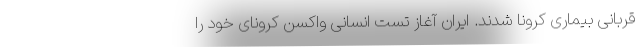
قربانی بیماری کرونا شدند. ایران آغاز تست انسانی واکسن کرونای خود را